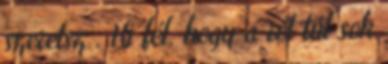
szeretsz . Ki fél, hogy a rét túl sok